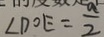
\angle D O E = \frac { a } { 2 }